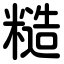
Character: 糙